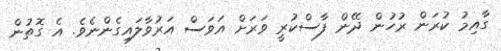
ގާއިމު ކުރަން ރުހުން ދޭން ފާސްކުރީ ވަރަށް އަވަސް އަރުވާލައިގެންނެވެ. އެ ގޮތުން